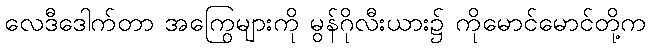
လေဒီဒေါက်တာ အကြွေများကို မွန်ဂိုလီးယား၌ ကိုမောင်မောင်တို့က